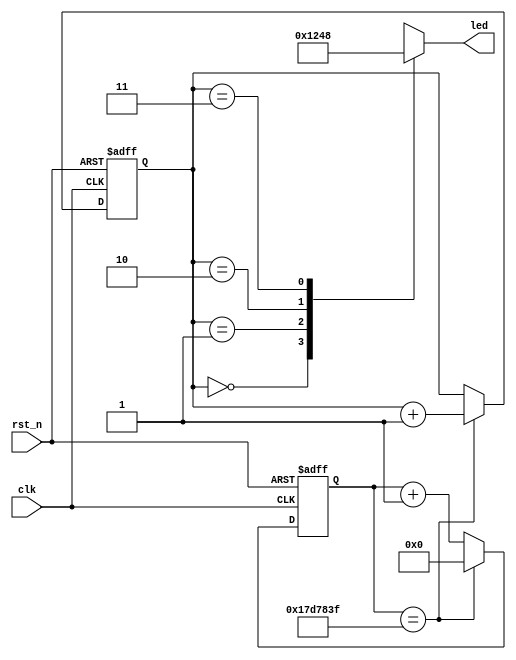
//----------------------------------------------------------------------------
// Project Name   : pl_led_stream
// Description    : Led streaming.
//----------------------------------------------------------------------------
//  Version             Comments
//------------      ----------------
//    0.1              Created
//----------------------------------------------------------------------------

module pl_led_stream(
    output reg [3:0] led,  // LED4 ~ LED1, 1 - on, 0 - off
    input            clk,  // FPGA PL part input clock, 50 MHz
    input            rst_n // FPGA global reset pin, press down generate low level 
);

    reg [27:0] cnt;
    reg [1:0]  style;

    always @(posedge clk, negedge rst_n) begin
        if(!rst_n) begin
            cnt <= 28'd0;
            style <= 2'd0;
        end
        else begin
            cnt <= cnt + 1'b1;
            if(cnt == 28'd24_999_999) begin  // count in 0.5s with 50 MHz
                cnt <= 28'd0;
                style <= style + 1'b1;
            end
        end
    end

    always @(style) begin
        case(style)
            2'b00 : led = 4'b0001;
            2'b01 : led = 4'b0010;
            2'b10 : led = 4'b0100;
            2'b11 : led = 4'b1000;
        endcase
    end

endmodule